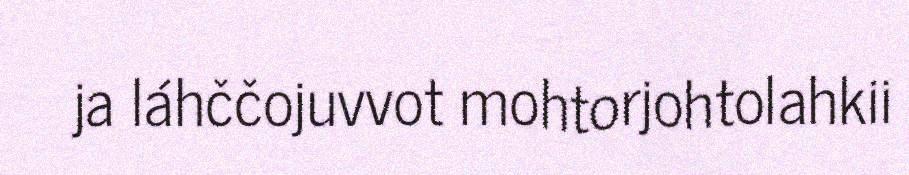
ja láhččojuvvot mohtorjohtolahkii